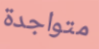
متواجدة